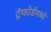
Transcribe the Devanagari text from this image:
ट्रॅफोर्डमध्ये